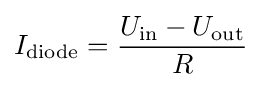
I_{\text{diode}}={\frac {U_{\text{in}}-U_{\text{out}}}{R}}